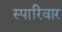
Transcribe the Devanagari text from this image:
स्पारिवार